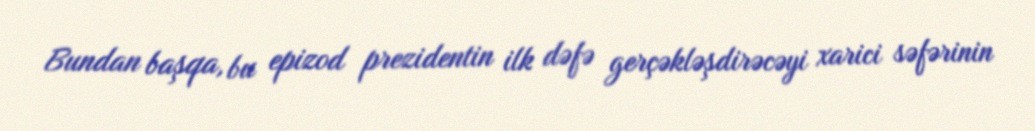
Bundan başqa, bu epizod prezidentin ilk dəfə gerçəkləşdirəcəyi xarici səfərinin